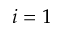
i = 1